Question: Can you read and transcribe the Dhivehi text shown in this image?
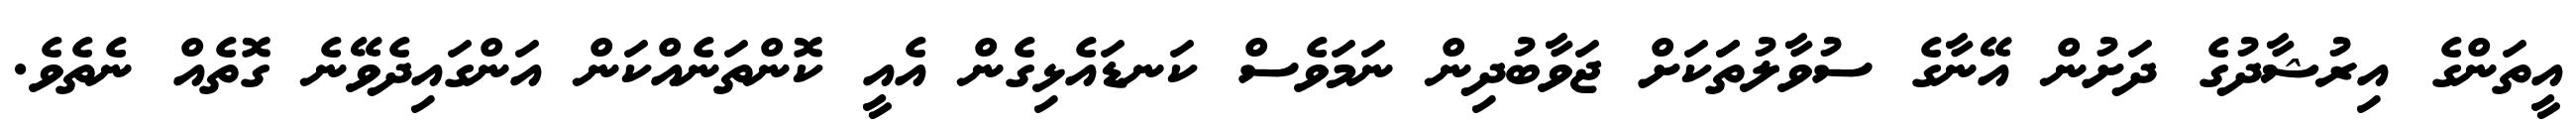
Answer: އީތަންގެ އިރުޝާދުގެ ދަށުން އޭނާގެ ސުވާލުތަަކަށް ޖަވާބުދިން ނަމަވެސް ކަނޑައެޅިގެން އެއީ ކޮންތަނެއްކަން އަންގައިދެވޭނެ ގޮތެއް ނެތެވެ.